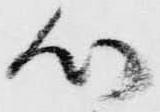
心